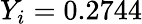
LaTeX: Y_{i}=0.2744